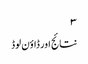
۳
نتائج اور ڈاؤن لوڈ